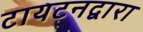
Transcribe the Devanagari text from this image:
टायटनद्वारा